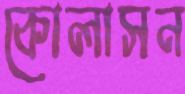
কোলাসন